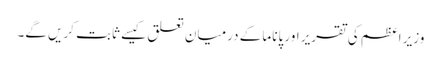
وزیر اعظم کی تقریر اور پاناما کے درمیان تعلق کیسے ثابت کریں گے۔